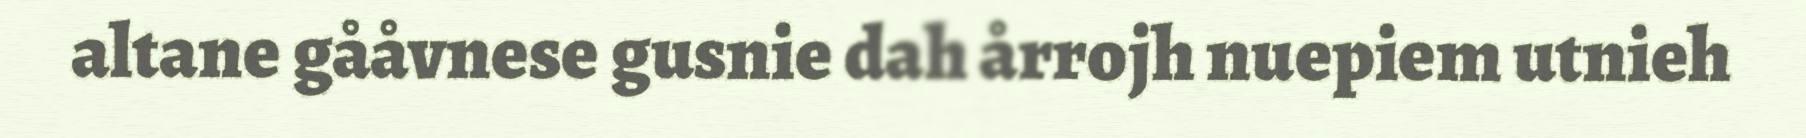
altane gååvnese gusnie dah årrojh nuepiem utnieh